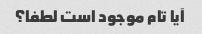
آیا تام موجود است لطفا؟